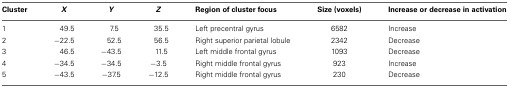
<table><thead><tr><td><b>Cluster</b></td><td><b><i>X</i></b></td><td><b><i>Y</i></b></td><td><b><i>Z</i></b></td><td><b>Region of cluster focus</b></td><td><b>Size (voxels)</b></td><td><b>Increase or decrease in activation</b></td></tr></thead><tbody><tr><td>1</td><td>49.5</td><td>7.5</td><td>35.5</td><td>Left precentral gyrus</td><td>6582</td><td>Increase</td></tr><tr><td>2</td><td>−22.5</td><td>52.5</td><td>56.5</td><td>Right superior parietal lobule</td><td>2342</td><td>Decrease</td></tr><tr><td>3</td><td>46.5</td><td>−43.5</td><td>11.5</td><td>Left middle frontal gyrus</td><td>1093</td><td>Decrease</td></tr><tr><td>4</td><td>−34.5</td><td>−34.5</td><td>−3.5</td><td>Right middle frontal gyrus</td><td>923</td><td>Increase</td></tr><tr><td>5</td><td>−43.5</td><td>−37.5</td><td>−12.5</td><td>Right middle frontal gyrus</td><td>230</td><td>Decrease</td></tr></tbody></table>